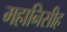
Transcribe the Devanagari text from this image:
महानिसीह